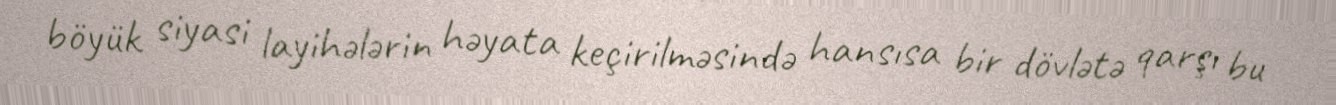
böyük siyasi layihələrin həyata keçirilməsində hansısa bir dövlətə qarşı bu